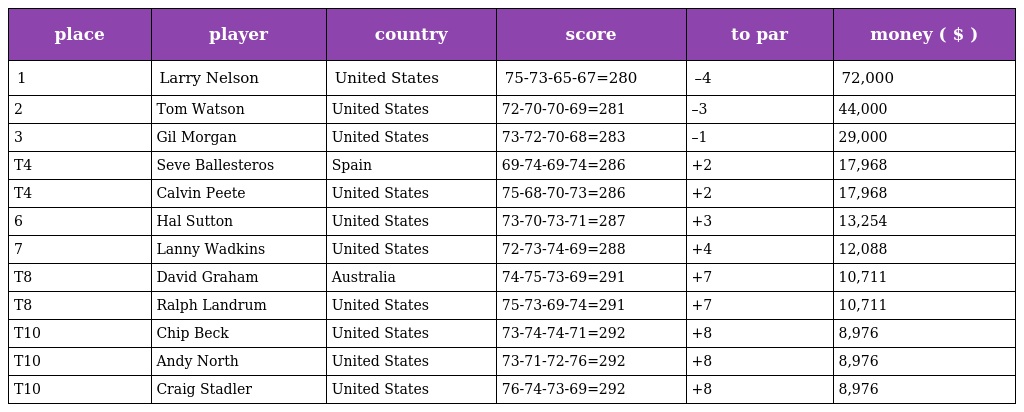
| place | player | country | score | to par | money ( $ ) |
 | --- | --- | --- | --- | --- | --- |
 | 1 | Larry Nelson | United States | 75-73-65-67=280 | –4 | 72,000 |
 | 2 | Tom Watson | United States | 72-70-70-69=281 | –3 | 44,000 |
 | 3 | Gil Morgan | United States | 73-72-70-68=283 | –1 | 29,000 |
 | T4 | Seve Ballesteros | Spain | 69-74-69-74=286 | +2 | 17,968 |
 | T4 | Calvin Peete | United States | 75-68-70-73=286 | +2 | 17,968 |
 | 6 | Hal Sutton | United States | 73-70-73-71=287 | +3 | 13,254 |
 | 7 | Lanny Wadkins | United States | 72-73-74-69=288 | +4 | 12,088 |
 | T8 | David Graham | Australia | 74-75-73-69=291 | +7 | 10,711 |
 | T8 | Ralph Landrum | United States | 75-73-69-74=291 | +7 | 10,711 |
 | T10 | Chip Beck | United States | 73-74-74-71=292 | +8 | 8,976 |
 | T10 | Andy North | United States | 73-71-72-76=292 | +8 | 8,976 |
 | T10 | Craig Stadler | United States | 76-74-73-69=292 | +8 | 8,976 |